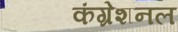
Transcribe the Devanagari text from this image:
कंग्रेशनल